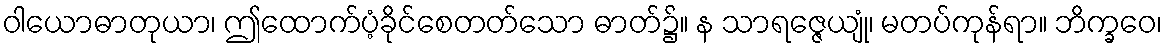
ဝါယောဓာတုယာ၊ ဤထောက်ပံ့ခိုင်စေတတ်သော ဓာတ်၌။ န သာရဇ္ဇေယျုံ၊ မတပ်ကုန်ရာ။ ဘိက္ခဝေ၊